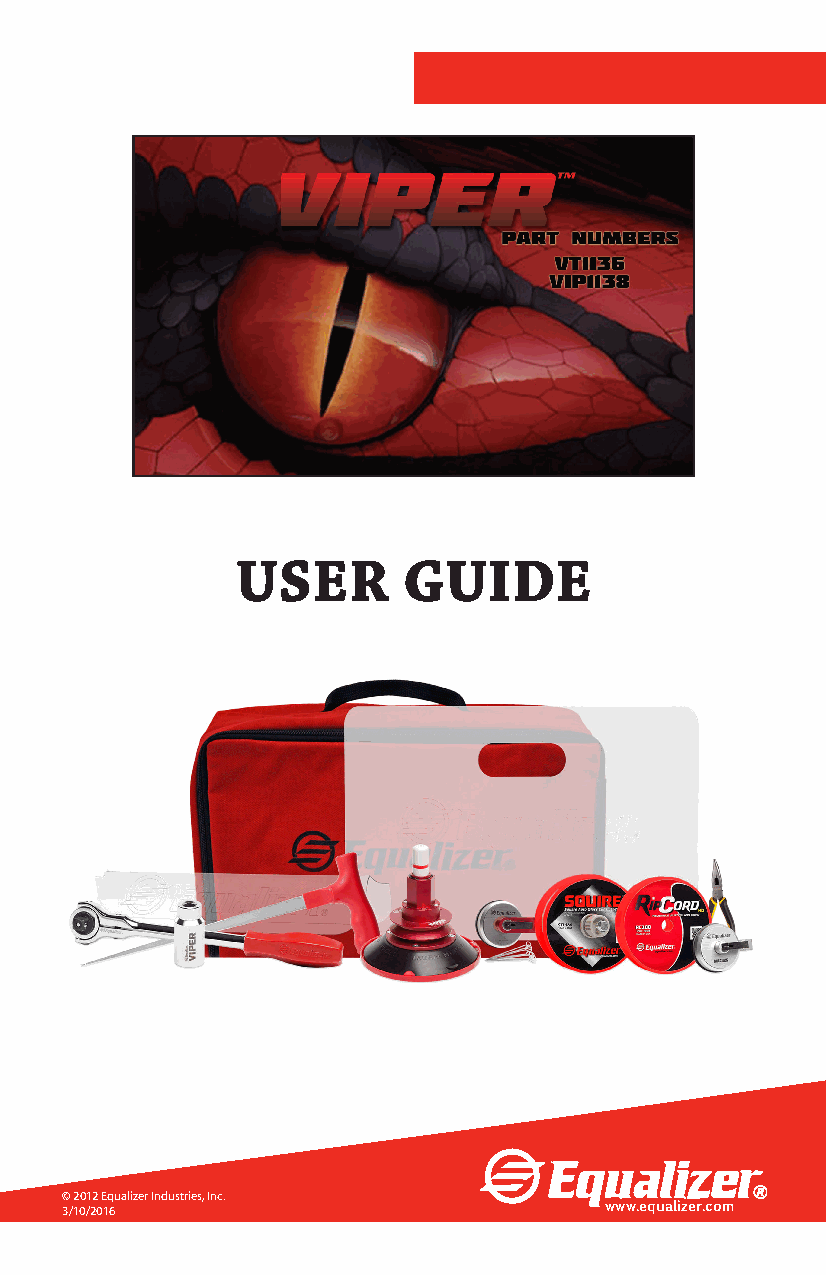
USER       GUIDE
 © 2012 Equalizer Industries, Inc.
 3/10/2016                           www.equalizer.com